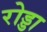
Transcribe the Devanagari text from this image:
रोड्डा